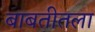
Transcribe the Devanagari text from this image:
बाबतीतला